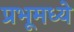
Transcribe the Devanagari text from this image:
प्रभूमध्ये